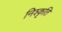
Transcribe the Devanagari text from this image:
निश्कृति